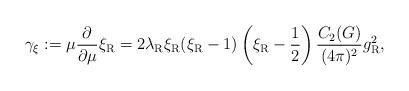
LaTeX: \begin{align*}\gamma_\xi :=\mu\frac\partial{\partial\mu} \xi_{\rm R} =2 \lambda_{\rm R} \xi_{\rm R}(\xi_{\rm R}-1) \left(\xi_{\rm R}-{1 \over 2}\right) \frac{C_2(G)}{(4\pi)^2} g_{\rm R}^2 ,\end{align*}